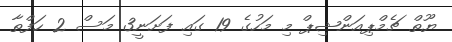
ޔޫތް ޗެމްޕިއަންޝިޕް މި މަހުގެ 19 ގައި ފަށަނީ3 މަސް 2 ހަފްތާ